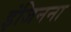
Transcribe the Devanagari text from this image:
इंजिनना